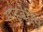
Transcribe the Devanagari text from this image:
साइबेरिन